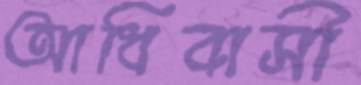
আধিবাসী